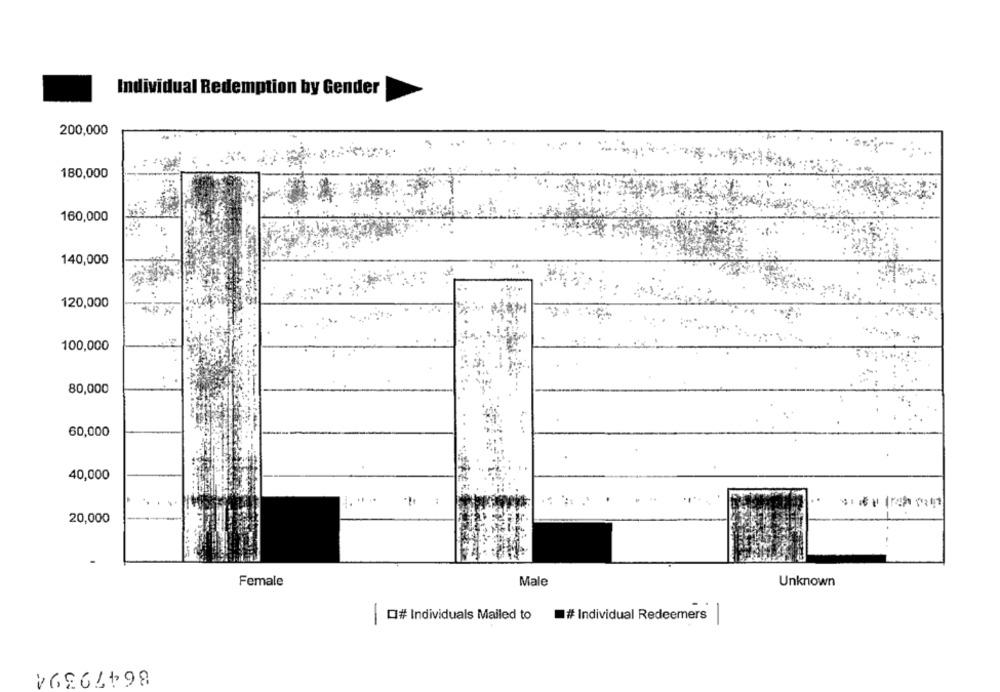
Individual Redemption by Gender
200,000
180,000
160,000
140,000
120,000
100,000
80,000
60,000
40,000
20,000
Female
Male
Unknown
Q# Individuals Mailed to
# Individual Redeemers|
86479394